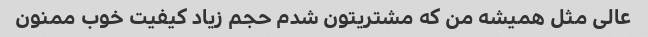
عالی مثل همیشه من که مشتریتون شدم حجم زیاد کیفیت خوب ممنون